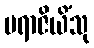
ပရာဇိယိံသု